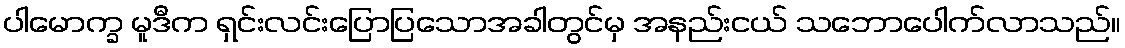
ပါမောက္ခ မူဒီက ရှင်းလင်းပြောပြသောအခါတွင်မှ အနည်းငယ် သဘောပေါက်လာသည်။